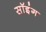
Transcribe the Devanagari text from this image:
सॉइंग